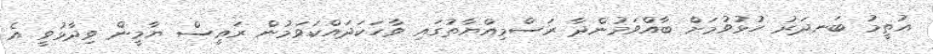
އުތީމު ބަނދަރު ހުޅުވުމަށް ބާއްވަމުންދާ ރަސްމިއްޔާތުގައި ވާހަކަދައްކަވަމުން ރައީސް ޔާމީން ވިދާޅުވީ އެ